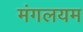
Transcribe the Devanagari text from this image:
मंगलयम